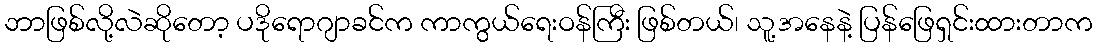
ဘာဖြစ်လို့လဲဆိုတော့ ပဒိုရောဂျာခင်က ကာကွယ်ရေးဝန်ကြီး ဖြစ်တယ်၊ သူ့အနေနဲ့ ပြန်ဖြေရှင်းထားတာက